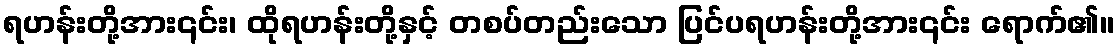
ရဟန်းတို့အား၎င်း၊ ထိုရဟန်းတို့နှင့် တစပ်တည်းသော ပြင်ပရဟန်းတို့အား၎င်း ရောက်၏။